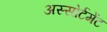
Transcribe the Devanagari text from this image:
अस्सोर्टमेंट